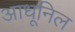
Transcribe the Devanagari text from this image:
आधूनिल